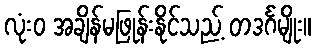
လုံးဝ အချိန်မဖြုန်းနိုင်သည့် တဒင်္ဂမျိုး။